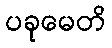
ပခုမေတိ